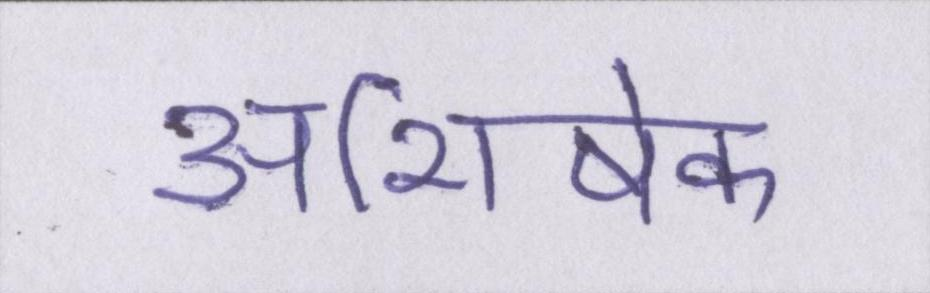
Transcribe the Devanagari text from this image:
अभिषेक